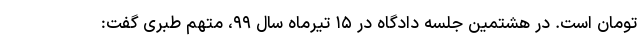
تومان است. در هشتمین جلسه دادگاه در ۱۵ تیرماه سال ۹۹، متهم طبری گفت: